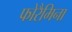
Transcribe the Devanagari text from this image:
फोरैमिना